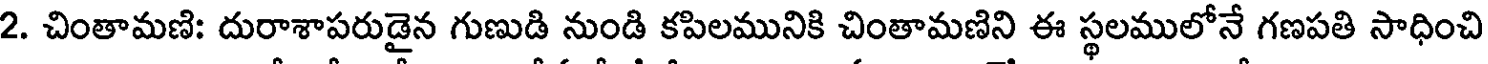
2. చింతామణి: దురాశాపరుడైన గుణుడి నుండి కపిలమునికి చింతామణిని ఈ స్థలములోనే గణపతి సాధించి